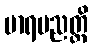
မာရပညတ္တိ